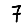
Digit: 7